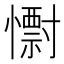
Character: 𭟅